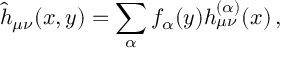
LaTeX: \hat { h } _ { \mu \nu } ( x , y ) = \sum _ { \alpha } f _ { \alpha } ( y ) h _ { \mu \nu } ^ { ( \alpha ) } ( x ) \, ,